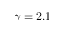
\gamma = 2 . 1